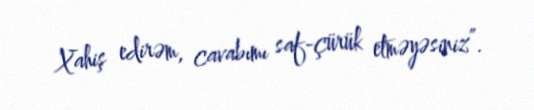
Xahiş edirəm, cavabımı saf-çürük etməyəsiniz”.